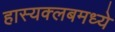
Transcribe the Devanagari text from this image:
हास्यक्लबमध्ये